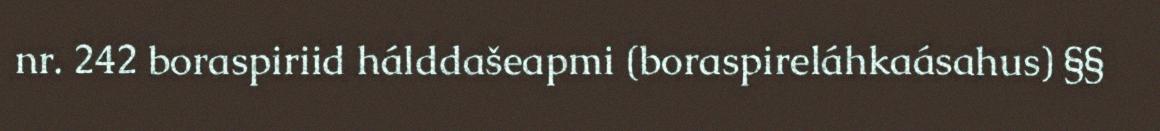
nr. 242 boraspiriid hálddašeapmi (boraspireláhkaásahus) §§